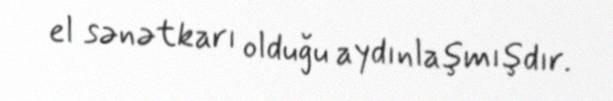
el sənətkarı olduğu aydınlaşmışdır.